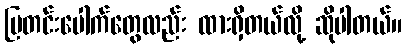
ပြတင်းပေါက်တွေလည်း ထားရှိတယ်လို့ ဆိုပါတယ်။